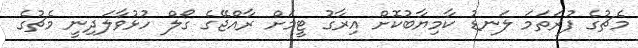
މެޗުގެ ފުރަތަމަ ލަނޑު ކާމިޔާބުކޮށް އިރާގުު ޓީމަށް ރާއްޖޭގެ ގޯލް ހުޅުވާލަދިނީ މެޗުގެ